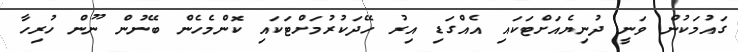
ގައުމަކުން ވަނީ ދުނިޔެއަށްޓަކައި އެއްގަޑި އިރު ހޭދަކުރުމަށްޓަކައި ކޮންމެހެން ބޭނުން ނޫން ހުރިހާ